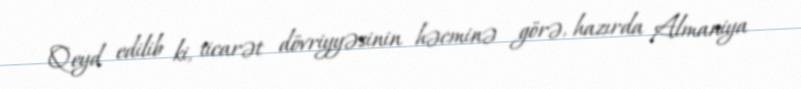
Qeyd edilib ki, ticarət dövriyyəsinin həcminə görə, hazırda Almaniya